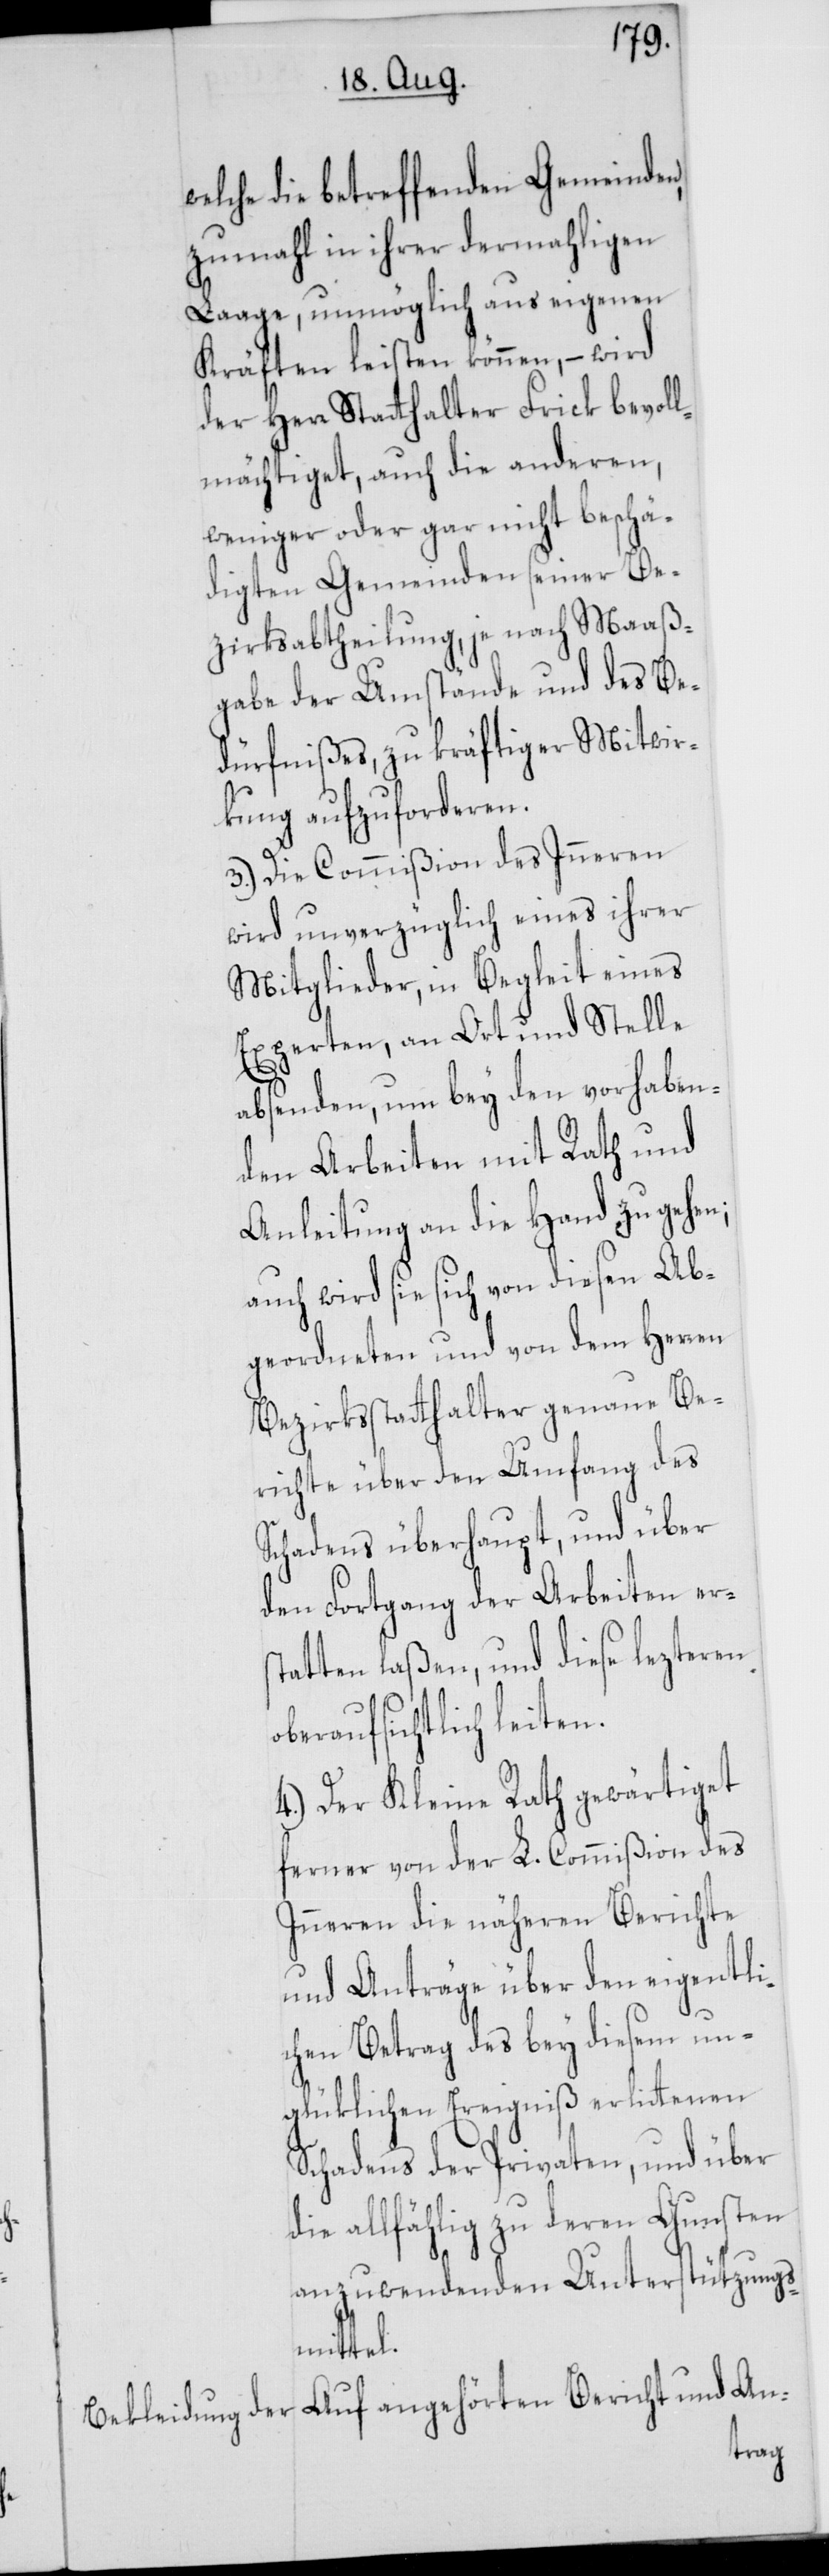
welche die betreffenden Gemeinden,
zumahl in ihrer dermahligen
Laage, unmöglich aus eigenen
Kräften leisten können, – wird
der Herr Statthalter Frick bevoll¬
mächtiget, auch die anderen,
weniger oder gar nicht beschä¬
digten Gemeinden seiner Be¬
zirksabtheilung, je nach Maaß¬
gabe der Umstände und des Be¬
dürfnißes, zu kräftiger Mitwir¬
kung aufzuforderen.
3.) Die Commißion des Inneren
wird unverzüglich eines ihrer
Mitglieder, in Begleit eines
Experten, an Ort und Stelle
absenden, um bey den vorhaben¬
den Arbeiten mit Rath und
Anleitung an die Hand zu gehen;
auch wird sie sich von diesen Ab¬
geordneten und von dem Herren
Bezirksstatthalter genaue Be¬
richte über den Umfang des
Schadens überhaupt, und über
den Fortgang der Arbeiten ers¬
tatten laßen, und diese lezteren
oberaufsichtlich leiten.
4.) Der Kleine Rath gewärtiget
ferner von der L. Commißion des
Inneren die nähern Berichte
und Anträge über den eigentli¬
chen Betrag des bey diesem un¬
glüklichen Ereigniß erlittenen
Schadens der Privaten, und über
die allfählig zu deren Gunsten
anzuwendenden Unterstützungs¬
mittel.
Auf angehörten Bericht und An-